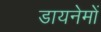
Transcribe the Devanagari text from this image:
डायनेमों